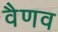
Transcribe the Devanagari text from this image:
वैणव